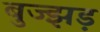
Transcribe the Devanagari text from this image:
बुज्झड़